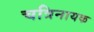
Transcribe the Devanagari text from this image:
चत्रिनायक